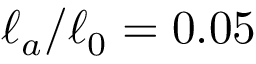
\ell _ { a } / \ell _ { 0 } = 0 . 0 5